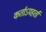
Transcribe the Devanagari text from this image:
कर्ताऽपहर्ता